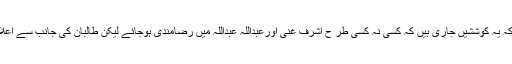
یہ اعلانات کچھ مناسب نہیں گوکہ یہ کوششیں جاری ہیں کہ کسی نہ کسی طر ح اشرف غنی اورعبداللہ عبداللہ میں رضامندی ہوجائے لیکن طالبان کی جانب سے اعلان بھی کوئی معمولی بات نہیں ۔